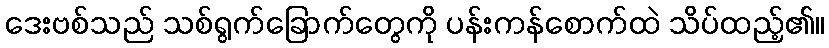
ဒေးဗစ်သည် သစ်ရွက်ခြောက်တွေကို ပန်းကန်စောက်ထဲ သိပ်ထည့်၏။